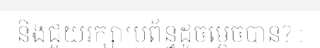
និងជួយរក្សាប្រព័ន្ធដូចម្តេចបាន? :